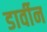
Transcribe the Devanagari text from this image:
डार्वीन